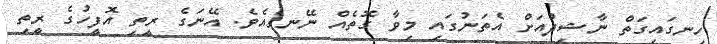
ހިނގައިގަތް ނާޝިދުއަށް އެތަނުގައި މިވާ ގޮތެއް ނޭނގެއެވެ. އޭނަގެ ރީތި އޮފީހުގެ ރީތި